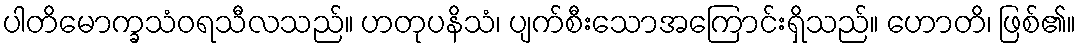
ပါတိမောက္ခသံဝရသီလသည်။ ဟတုပနိသံ၊ ပျက်စီးသောအကြောင်းရှိသည်။ ဟောတိ၊ ဖြစ်၏။